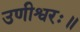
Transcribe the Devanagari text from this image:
उणीश्वरः॥